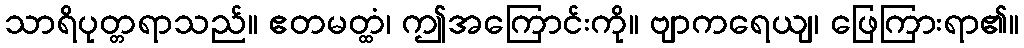
သာရိပုတ္တရာသည်။ ဧတမတ္ထံ၊ ဤအကြောင်းကို။ ဗျာကရေယျ၊ ဖြေကြားရာ၏။